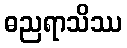
ဓညရာသိဿ